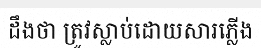
ដឹងថា ត្រូវស្លាប់ដោយសារភ្លើង